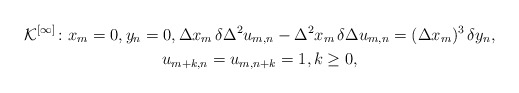
\begin{gather*}\mathcal{K}^{[\infty]}\colon x_m=0,y_n=0,\Delta x_m\, \delta\Delta^2 u_{m,n}-\Delta^2 x_m\, \delta\Delta u_{m,n} =(\Delta x_m)^3\, \delta y_n,\\ u_{m+k,n}=u_{m,n+k}=1, k \geq 0,\end{gather*}